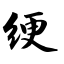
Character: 绠